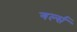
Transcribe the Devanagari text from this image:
गर्ल्‍स